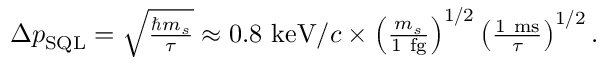
\begin{array} { r } { \Delta p _ { \mathrm { S Q L } } = \sqrt { \frac { \hbar m _ { s } } { \tau } } \approx 0 . 8 ~ \mathrm { k e V } / c \times \left( \frac { m _ { s } } { 1 ~ \mathrm { f g } } \right) ^ { 1 / 2 } \left( \frac { 1 ~ \mathrm { m s } } { \tau } \right) ^ { 1 / 2 } . } \end{array}